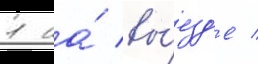
1 на́ вы́езд'е /